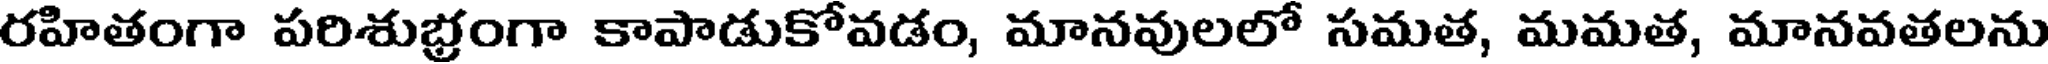
రహితంగా పరిశుభ్రంగా కాపాడుకోవడం, మానవులలో సమత, మమత, మానవతలను